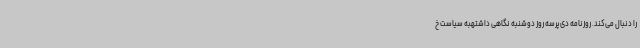
را دنبال می‌کند. روزنامه دی‌پرسه روز دوشنبه نگاهی داشتهبه سیاست خ